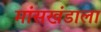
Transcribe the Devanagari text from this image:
मांसखंडाला